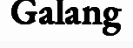
Galang